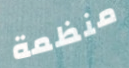
منظمة